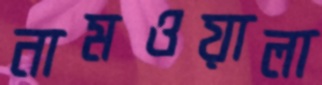
নামওয়ালা